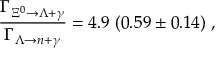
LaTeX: \frac { \Gamma _ { \Xi ^ { 0 } \rightarrow \Lambda + \gamma } } { \Gamma _ { \Lambda \rightarrow n + \gamma } } = 4 . 9 \; ( 0 . 5 9 \pm 0 . 1 4 ) \; ,